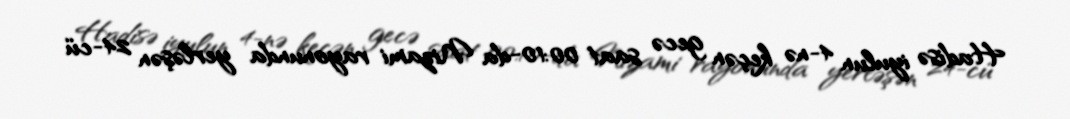
Hadisə iyulun 4-nə keçən gecə saat 00:10-da Nizami rayonunda yerləşən 24-cü